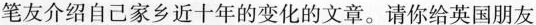
笔友介绍自己家乡近十年的变化的文章。请你给英国朋友